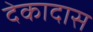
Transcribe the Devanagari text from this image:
देकादास